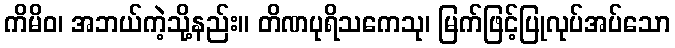
ကိမိဝ၊ အဘယ်ကဲ့သို့နည်း။ တိဏပုရိသကေသု၊ မြက်ဖြင့်ပြုလုပ်အပ်သော